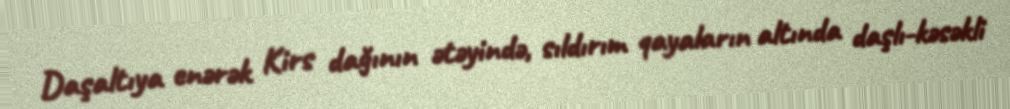
Daşaltıya enərək Kirs dağının ətəyində, sıldırım qayaların altında daşlı-kəsəkli